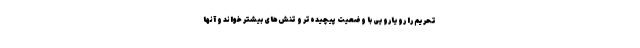
تحریم را رویارویی با وضعیت پیچیده‌تر و تنش‌های بیشتر خواند و آنها